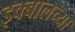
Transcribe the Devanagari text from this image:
इक्बालच्या